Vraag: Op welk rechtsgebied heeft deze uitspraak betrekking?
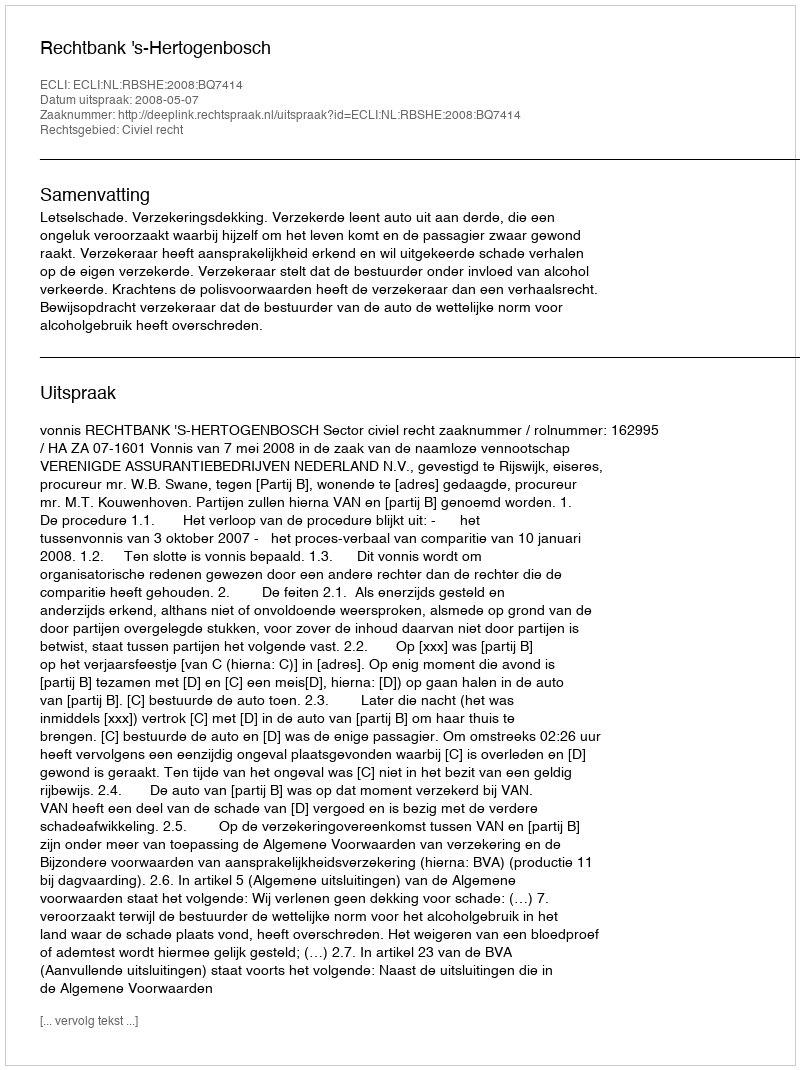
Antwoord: Civiel recht